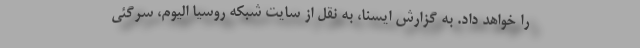
را خواهد داد. به گزارش ایسنا، به نقل از سایت شبکه روسیا الیوم، سرگئی